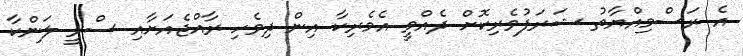
އެ ރަސްމިއްޔާތު ޝަރަފުވެރިކޮށް ދެއްވީ އެމެރިކާ އިން ދިވެހި ރާއްޖެއަށާއި ސްރީ ލަންކާ